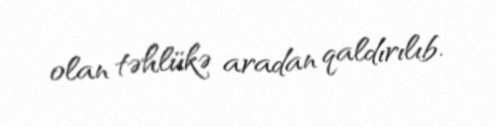
olan təhlükə aradan qaldırılıb.